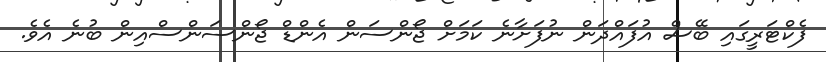
ފެކްޓަރީގައި ބޭސް އުފައްދަން ނުފަށާނެ ކަމަށް ޖޯންސަން އެންޑް ޖޯންސަންސްއިން ބުނެ އެވެ.